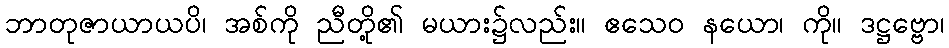
ဘာတုဇာယာယပိ၊ အစ်ကို ညီတို့၏ မယား၌လည်း။ ဧသေဝ နယော၊ ကို။ ဒဋ္ဌဗ္ဗော၊